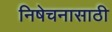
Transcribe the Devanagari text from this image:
निषेचनासाठी